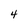
Character: 4